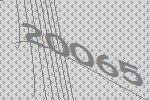
20065